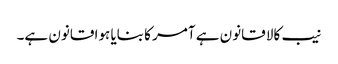
نیب کالا قانون ہے آمر کا بنایا ہوا قانون ہے۔